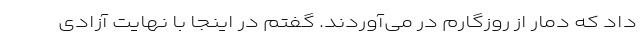
داد که دمار از روزگارم در می‌آوردند. گفتم در اینجا با نهایت آزادی